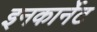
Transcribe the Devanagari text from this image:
इनकार्नेट